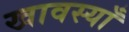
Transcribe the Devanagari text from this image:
खावस्याँ